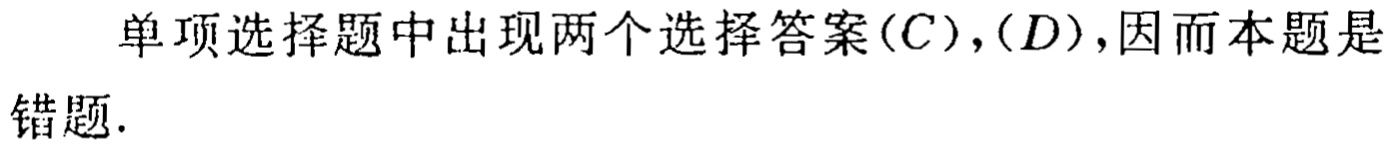
单项选择题中出现两个选择答案$(C),(D)$，因而本题是错题.